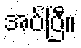
အပ်ပြီ။